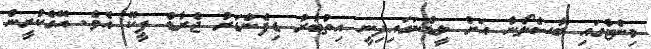
މިނެޓުގައި ބާސެލޯނާ އަށް ލީޑްނަގައިދިނީ އިތުބާރު ޑިފެންޑަރު ޖެރާޑް ޕީކޭ އެވެ. އޭގެކުރީން